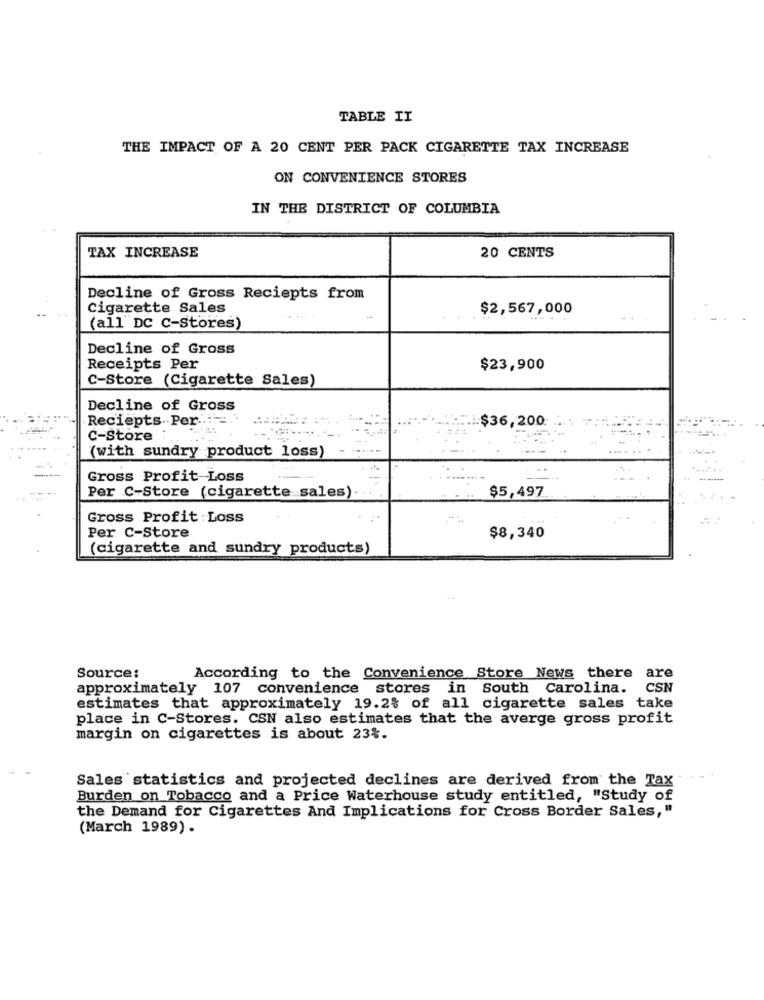
TABLE II
THE IMPACT OF A 20 CENT PER PACK CIGARETTE TAX INCREASE
ON CONVENIENCE STORES
IN THE DISTRICT OF COLUMBIA
TAX INCREASE
20 CENTS
Decline of Gross Reciepts from
Cigarette Sales
$2,567,000
(all DC C-stores)
Decline of Gross
Receipts Per
$23,900
C-Store (Cigarette Sales)
Decline of Gross
Reciepts. Per ..
$36,200
c-Store
(with sundry product loss)
Gross Profit Loss
Per C-Store (cigarette sales)
$5,497
Gross Profit Loss
Per C-Store
$8,340
(cigarette and sundry products)
are
Source:
According to the Convenience Store News there
approximately 107 convenience stores in South Carolina.
CSN
estimates that approximately 19.2% of all cigarette sales take
place in C-Stores. CSN also estimates that the averge gross profit
margin on cigarettes is about 23%.
Sales statistics and projected declines are derived from the Tax
Burden on Tobacco and a Price Waterhouse study entitled, "Study of
the Demand for Cigarettes And Implications for Cross Border Sales,"
(March 1989) .